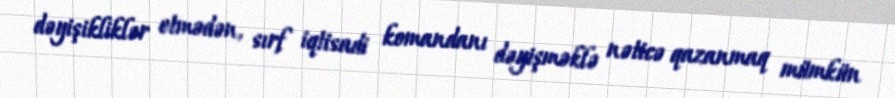
dəyişikliklər etmədən, sırf iqtisadi komandanı dəyişməklə nəticə qazanmaq mümkün